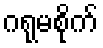
ဂရုမစိုက်